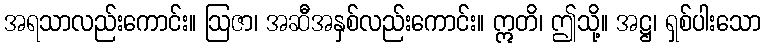
အရသာလည်းကောင်း။ ဩဇာ၊ အဆီအနှစ်လည်းကောင်း။ ဣတိ၊ ဤသို့။ အဋ္ဌ၊ ရှစ်ပါးသော